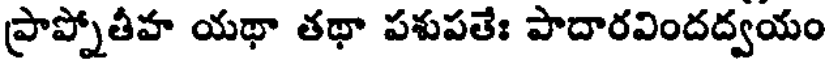
ప్రాప్నోతీహ యథా తథా పశుపతేః పాదారవిందద్వయం